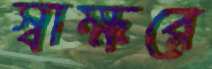
স্বাক্ষরে